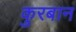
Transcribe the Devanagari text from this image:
कुरबान